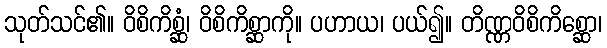
သုတ်သင်၏။ ဝိစိကိစ္ဆံ၊ ဝိစိကိစ္ဆာကို။ ပဟာယ၊ ပယ်၍။ တိဏ္ဏဝိစိကိစ္ဆော၊